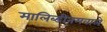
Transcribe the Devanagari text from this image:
मालिब्डीनमवाले